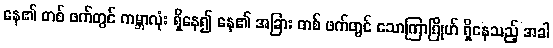
နေ၏ တစ် ဖက်တွင် ကမ္ဘာလုံး ရှိနေ၍ နေ၏ အခြား တစ် ဖက်တွင် သောကြာဂြိုဟ် ရှိနေသည့် အခါ